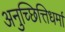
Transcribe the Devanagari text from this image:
अनुच्छित्तिधर्मा